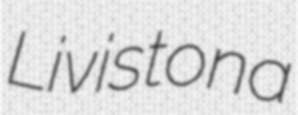
Livistona